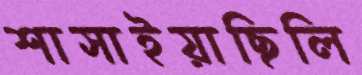
শাসাইয়াছিলি